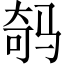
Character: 𲌇